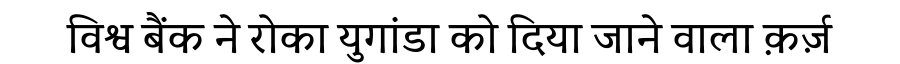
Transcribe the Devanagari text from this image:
विश्व बैंक ने रोका युगांडा को दिया जाने वाला क़र्ज़